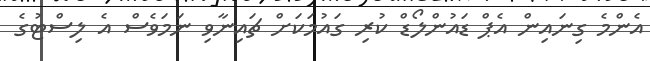
އެންމެ ގިނައިން އެޕް ޑައުންލޯޑް ކުރި ގައުމަކަށް ޗައިނާވި ނަމަވެސް އެ ލިސްޓުގެ